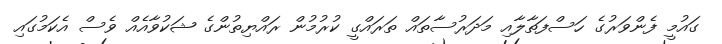
ގައުމީ ފެންވަރުގެ ހަސްފަތާލާއި މަދަރުސާތައް ތަރައްގީ ކުރުމުން ރައްޔިތުންގެ ޝަކުވާއެއް ވެސް އެކަމުގައި